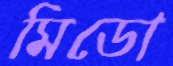
মিডো